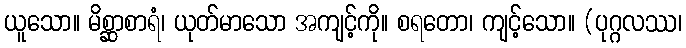
ယူသော။ မိစ္ဆာစာရံ၊ ယုတ်မာသော အကျင့်ကို။ စရတော၊ ကျင့်သော။ (ပုဂ္ဂလဿ၊